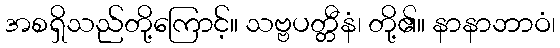
အစရှိသည်တို့ကြောင့်။ သဗ္ဗပတ္တီနံ၊ တို့၏။ နာနာဘာဝံ၊